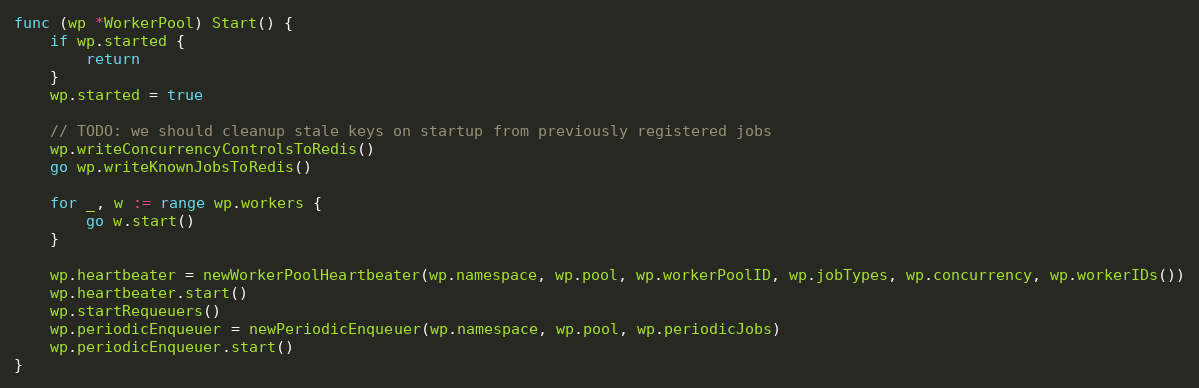
Language: Go
func (wp *WorkerPool) Start() {
	if wp.started {
		return
	}
	wp.started = true

	// TODO: we should cleanup stale keys on startup from previously registered jobs
	wp.writeConcurrencyControlsToRedis()
	go wp.writeKnownJobsToRedis()

	for _, w := range wp.workers {
		go w.start()
	}

	wp.heartbeater = newWorkerPoolHeartbeater(wp.namespace, wp.pool, wp.workerPoolID, wp.jobTypes, wp.concurrency, wp.workerIDs())
	wp.heartbeater.start()
	wp.startRequeuers()
	wp.periodicEnqueuer = newPeriodicEnqueuer(wp.namespace, wp.pool, wp.periodicJobs)
	wp.periodicEnqueuer.start()
}